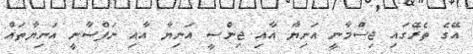
އޭގެ ތެރޭގައި ޖިސްމާނީ އަނިޔާ އާއި ޖިންސީ އަނިޔާ އާއި ނަފްސާނީ އަނިޔާތައް